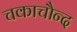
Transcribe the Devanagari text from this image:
चकाचौन्द